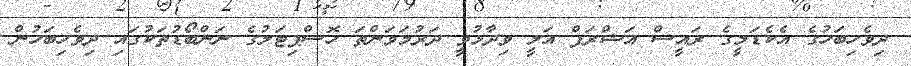
ދިވެހިބަހުގެ އެކެޑަމީގެ ރައީސް އަޝްރަފް އަލީ ވިދާޅުވީ ދަރުމަަވަންތަ ހޮސްޕިޓަލުގެ ނަންބޯޑުތަކުގައި ދިވެހިބަހުން